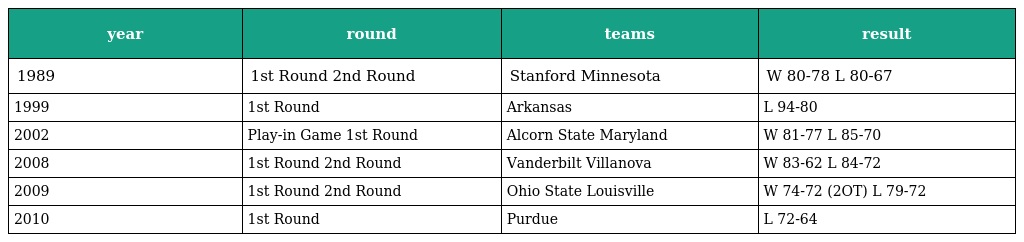
| year | round | teams | result |
 | --- | --- | --- | --- |
 | 1989 | 1st Round 2nd Round | Stanford Minnesota | W 80-78 L 80-67 |
 | 1999 | 1st Round | Arkansas | L 94-80 |
 | 2002 | Play-in Game 1st Round | Alcorn State Maryland | W 81-77 L 85-70 |
 | 2008 | 1st Round 2nd Round | Vanderbilt Villanova | W 83-62 L 84-72 |
 | 2009 | 1st Round 2nd Round | Ohio State Louisville | W 74-72 (2OT) L 79-72 |
 | 2010 | 1st Round | Purdue | L 72-64 |